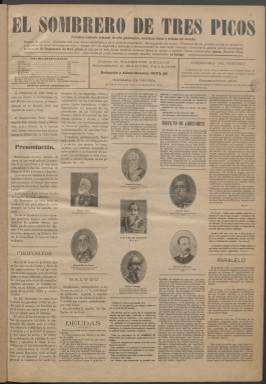
Título: El Sombrero de tres picos
Colección: Periódicos
Ámbito geográfico: Madrid
Lugar de publicación: Madrid
Fechas: 01/01/1916-24/11/1919